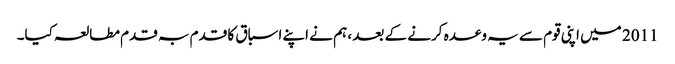
2011 میں اپنی قوم سے یہ وعدہ کرنے کے بعد ، ہم نے اپنے اسباق کا قدم بہ قدم مطالعہ کیا۔